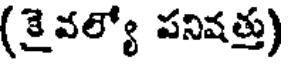
(కైవల్యో పనివత్తు)